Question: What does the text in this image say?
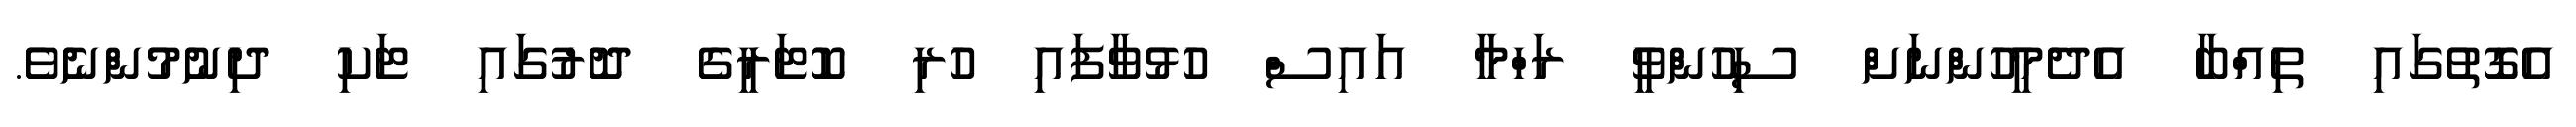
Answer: އެގޮތުގައި ތިއްބާ އެދެމީހުންނަށް ސިހުންވީ ރަހްމާ އައިސް ހުޅުވާފައި ހުރި ކޮޓަރީގެ ދޮރުގައި ޓަކި ދިނުމުންނެވެ.